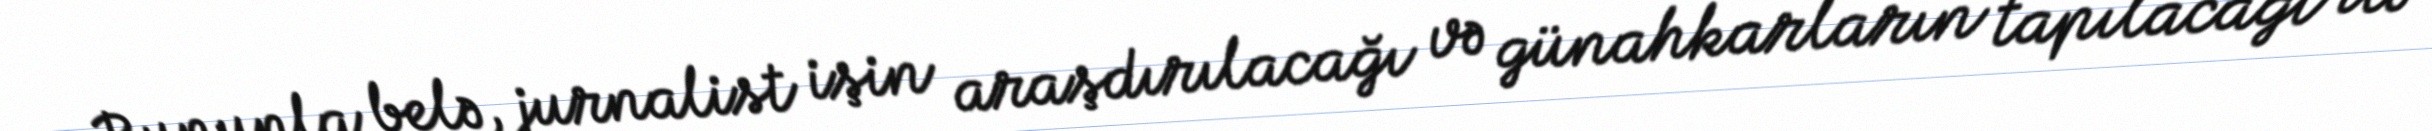
Bununla belə, jurnalist işin araşdırılacağı və günahkarların tapılacağı ilə